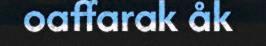
oaffarak åk